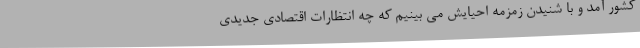
کشور آمد و با شنیدن زمزمه احیایش می بینیم که چه انتظارات اقتصادی جدیدی